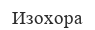
Изохора